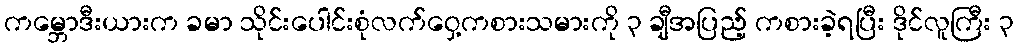
ကမ္ဘောဒီးယားက ခမာ သိုင်းပေါင်းစုံလက်ဝှေ့ကစားသမားကို ၃ ချီအပြည့် ကစားခဲ့ရပြီး ဒိုင်လူကြီး ၃